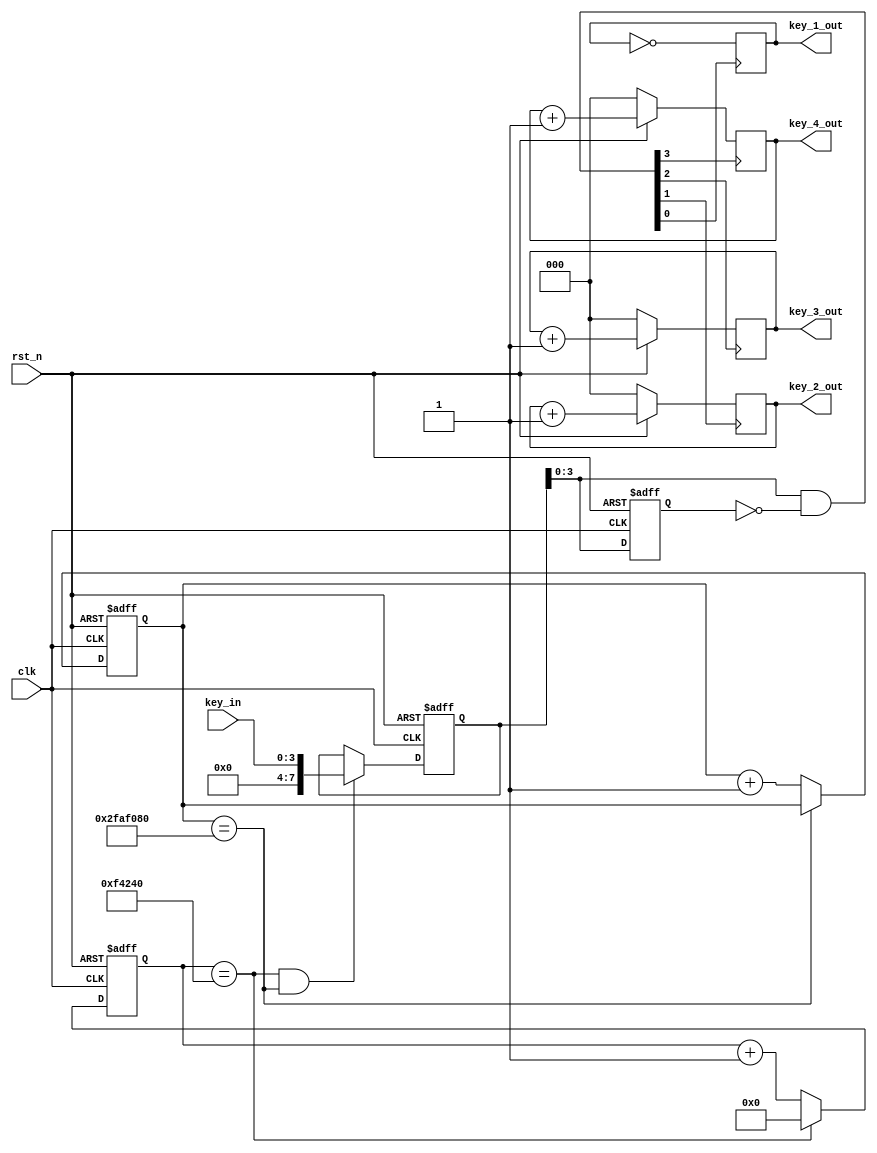
//---------------------------------------------------------------------------
//--			:	key_in_Module.v
//--			:	1,
//---------------------------------------------------------------------------
module key_Module
(
	clk,
	rst_n,
	key_in,

	key_1_out,
	key_2_out,
	key_3_out,
	key_4_out
);  
 
//---------------------------------------------------------------------------
//--	
//---------------------------------------------------------------------------
input					clk;				//,50MHz
input					rst_n;				//,
input		[ 3:0]		key_in;					//key_in
output		reg [ 2:0]		key_1_out;				//LED
output		reg[ 2:0]		key_2_out;				//LED
output		reg[ 2:0]		key_3_out;				//LED
output		reg[ 2:0]		key_4_out;				//LED
//---------------------------------------------------------------------------
//--	
//---------------------------------------------------------------------------
reg		[29:0]	delay_cnt;
reg		[19:0]	time_cnt;			//

reg		[ 7:0]	key_in_reg1;		//
reg		[ 7:0]	key_in_reg2;		//key_in_reg

wire		[ 7:0]	key_in_out;		//
wire				delay_done;
wire [3:0] key_out;
assign		delay_done	=	(delay_cnt	==	50_000_000);

//20ms
parameter SET_TIME_20MS = 27'd1_000_000;	

initial begin
	key_2_out<=3'b000;
	key_3_out<=3'b000;
	key_4_out<=3'b000;
end
always @ (posedge clk, negedge rst_n)   
begin
	if(!rst_n)							
		delay_cnt	<=	30'h0;				
	else if( delay_cnt == 50_000_000 )
		delay_cnt	<=	delay_cnt;	
	else
		delay_cnt	<=	delay_cnt	+	1'b1;
end


always @ (posedge clk, negedge rst_n)
begin
	if(!rst_n)							
		time_cnt	<=	20'h0;				
	else if( time_cnt == SET_TIME_20MS )
		time_cnt	<=	20'h0;	
	else
		time_cnt	<=	time_cnt	+	1'b1;
end


always @ (posedge clk, negedge rst_n)
begin
	if(!rst_n)								
		key_in_reg1	<=	8'b1111_1111;	
	else if( ( time_cnt == SET_TIME_20MS ) && delay_done)
		key_in_reg1	<=	key_in;			//time_cnt
	else 
		key_in_reg1	<=	key_in_reg1;
end

always @ (posedge clk, negedge rst_n)
begin
	if(!rst_n)	
		key_in_reg2	<=	8'b1111_1111;
	else
		key_in_reg2	<=	key_in_reg1	;
end


assign key_out = key_in_reg1 & (~key_in_reg2 );	//

always @(negedge key_out[0]) begin
	key_1_out<=~key_1_out;
end 

always @(negedge key_out[1]) begin
	if(!rst_n)	
		key_2_out	<=	2'd0;
	else
		key_2_out	<=	key_2_out+1'b1;

end 


always @(negedge key_out[2]) begin
	if(!rst_n)	
		key_3_out	<=	2'd0;
	else
		key_3_out	<=	key_3_out+1'b1;
end 

always @(negedge key_out[3]) begin
	if(!rst_n)	
		key_4_out	<=	2'd0;
	else
		key_4_out	<=	key_4_out+1'b1;
end
endmodule